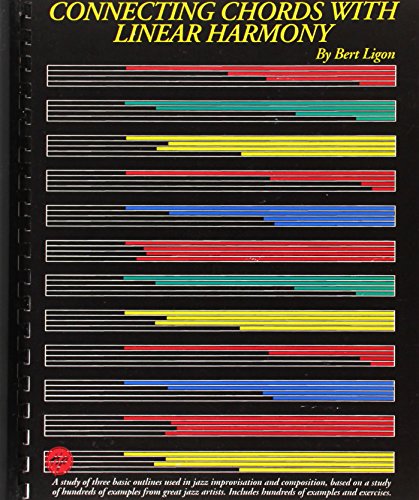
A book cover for Connecting Chords with Linear Harmony (Jazz Book); Arts & Photography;